Report on vaccination in Madras 1904-1921 - 1904-1921
Year: 1904
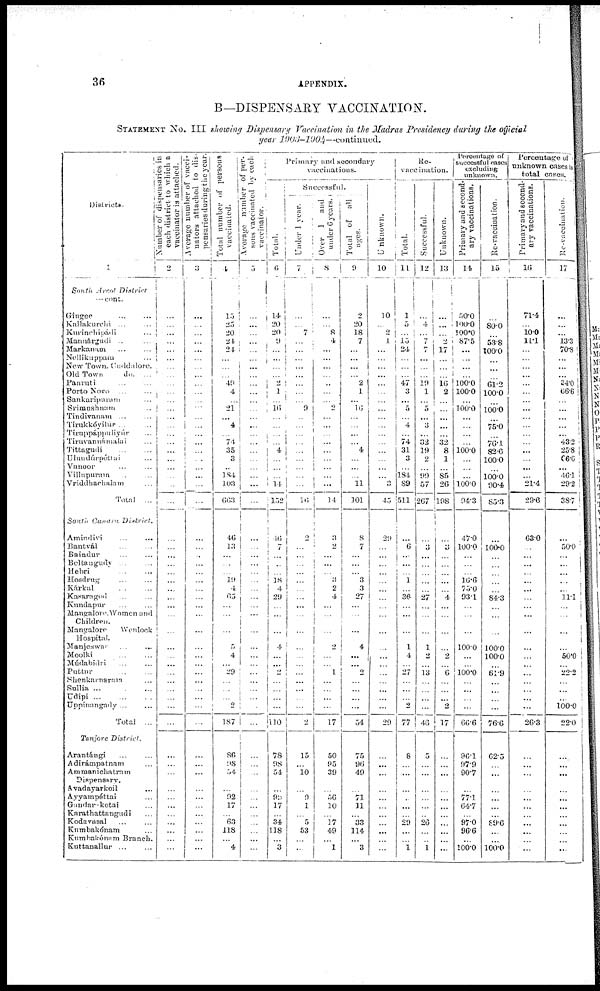
36
APPENDIX.
B—DISPENSARY VACCINATION.
STATEMENT No. III showing Dispensary Vaccination in the Madras Presidency during the official
year 1903-1904—continued.
Districts.
1
South Arcot
District
—cont.
Gingee ... ...
Kallakurchi ... ...
Kurinchipádi ...
Mannárgudi ... ...
Markanam ... ...
Nellikuppam ...
New Town. Cuddalore.
Old Town
do. ...
Panruti ... ...
Porto Novo ... ...
Sankaripuram ...
Srimushuam ...
Tindivanam ... ...
Tirukkóyilur ... ...
Tiruppáppuliyúr ...
Tiruvannámalai ...
Tittagudi
...
...
Ulundúrpétlai ...
Vanoor ... ...
Villupuram ... ...
Vriddhachalam...
Total ...
South Canara
District.
Amindivi... ...
Bantvál... ...
Baindur... ...
Beltangudy... ...
Hebri... ...
Hosdrug...
...
Kárkal...
...
Kasaragod... ...
Kundapur... ...
MangaloreWomen and
Children.
Mangalore
Wenlock
Hospital.
Manjeswar... ...
Moolki... ...
Múdabidri... ...
Puttur...
...
Shenkarnaram...
Sullia... ... ...
Udipi...
...
...
Uppinangady... ...
Total ...
Tanjore
District.
Arantángi... ...
Adirámpatnam...
Ammanichatram
Dispensary.
Avadayarkoil...
Ayyampéttai...
Gandarekotai...
Karathattangudi...
Kodavasal... ...
Kumbakónam...
Kumbakónam Branch.
Kuttanallur... ...
Number of dispensaries in
each district to which a
vaccinator is attached.
2
...
...
...
...
...
...
...
...
...
...
...
...
...
...
...
...
...
...
...
...
...
...
...
...
...
...
...
...
...
...
...
...
...
...
...
...
...
...
...
...
...
...
...
...
...
...
...
...
...
...
...
...
...
Average number of vacci-
nators attached to dis-
pensaries during the year.
3
...
...
...
...
...
...
...
...
...
...
...
...
...
...
...
...
...
...
...
...
...
...
...
...
...
...
...
...
...
...
...
...
...
...
...
...
...
...
...
...
...
...
...
...
...
...
...
...
...
...
...
...
...
Total number of persons
vaccinated.
4
15
25
20
24
24
...
...
...
49 4
...
21
...
4
...
74
35
3
...
184
103
663
46
13
...
...
...
19
4
65
...
...
...
5
4
...
29
...
...
...
2
187
86
98
54
...
92
17
...
63
118
...
4
Average number of per¬
sons vaccinated by each
vaccinator.
5
...
...
...
...
...
...
...
...
...
...
...
...
...
...
...
...
...
...
...
...
...
...
...
...
...
...
...
...
...
...
...
...
...
...
...
...
...
...
...
...
...
...
...
...
...
...
...
...
...
...
...
...
...
Primary and secondary
vaccinations.
Total.
6
14
20
20
9
...
...
...
...
2
1
...
16
...
...
...
...
4
...
...
...
14
152
46
7
...
...
...
18
4
29
...
...
...
4
...
...
2
...
...
...
...
110
78
98 54
...
93
17
...
34
118
...
3
Successful.
Under 1 year.
7
...
...
7
...
...
...
...
...
...
...
...
9
...
...
...
...
...
...
...
...
...
16
2
...
...
...
...
...
...
...
...
...
...
...
...
...
...
...
...
...
...
2
15
...
10
...
9
1
...
5
53
...
...
Over 1 and
under 6 years.
8
...
...
8
4
...
...
...
...
...
...
...
2
...
...
...
...
...
...
...
...
...
14
3
2
...
...
...
3
2
4
...
...
...
2
...
...
1
...
...
...
...
17
50
95
39
...
56
10
...
17
49
...
1
Total of all
ages.
9
2
20
18
7
...
...
...
...
2
1
...
16
...
...
...
...
4
...
...
...
11
101
8
7
...
...
...
3
3
27
...
...
...
4
...
...
2
...
...
...
...
54
75
96
49
...
71
11
...
33
114
...
3
Unknown.
10
10
...
2
1
...
...
...
...
...
...
...
...
...
...
...
...
...
...
...
...
3
45
29
...
...
...
...
...
...
...
...
...
...
...
...
...
...
...
...
...
...
29
...
...
...
...
...
...
...
...
...
...
...
Re¬
vaccination.
Total.
11
1
5
...
15
24
...
...
...
47
3
...
5
...
4
...
74
31
3
...
184
89
511
...
6
...
...
...
1
...
36
...
...
...
1
4
...
27
...
...
...
2
77
8
...
...
...
...
...
...
29
...
...
1
Successful.
12
...
4
... 7
7
...
...
...
19
1
...
5
...
3
...
32
19
2
...
99
57
267
...
3
...
...
...
...
...
27
...
...
...
1
2
...
13
...
...
...
...
46
5
...
...
...
...
...
...
26
...
...
1
Unknown.
13
...
...
...
2
17
...
...
...
16
2
...
...
...
...
...
32
8
1
...
85
26
198
...
3
...
...
...
...
...
4
...
...
...
...
2
...
6
...
...
...
2
17
...
...
...
...
...
...
...
...
...
...
...
Percentage of
successful cases
excluding
unknown.
Primary and second¬
ary vaccinations.
14
50.0
100.0
100.0
87.5
...
...
...
...
100.0
100.0
...
100.0
...
...
...
...
100.0
...
...
...
100.0
94.3
47.0
100.0
...
...
...
16.6
75.0
93.1
...
...
...
100.0
...
...
100.0
...
...
...
...
66.6
96.1
97.9
90.7
...
77.1
64.7
...
97.0
96.6
...
100.0
Re-vaccination.
15
...
80.0
...
53.8
100.0
...
...
...
61.2
100.0
...
100.0
...
75.0
...
76.1
82.6
100.0
...
100.0
90.4
85.3
...
100.0
...
...
...
...
...
84.3
...
...
...
100.0
100.0
...
61.9
...
...
...
...
76.6
62.5
...
...
...
...
...
...
89.6
...
...
100.0
Percentage of
unknown cases to
total cases.
Primary and second-
ary vaccinations.
16
71.4
...
10.0
11.1
...
...
...
...
...
...
...
...
...
...
...
...
...
...
...
...
21.4
29.6
63.0
...
...
...
...
...
...
...
...
...
...
...
...
...
...
...
...
...
...
26.3
...
...
...
...
...
...
...
...
...
...
...
Re-vaccination.
17
...
...
...
13.3
70.8
...
...
...
34.0
66.6
...
...
...
...
...
43.2
25.8
66.6
...
46.1
29.2
38.7
...
50.0
...
...
...
...
...
11.1
...
...
...
...
50.0
...
22.2
...
...
...
100.0
22.0
...
...
...
...
...
...
...
...
...
...
...